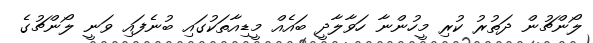
ލޯންޗުން ދަތުރު ކުރި މީހުންނާ ހަވާލާދީ ބައެއް މީޑިއާތަކުގައި ބުނެފައި ވަނީ ލޯންޗުގެ